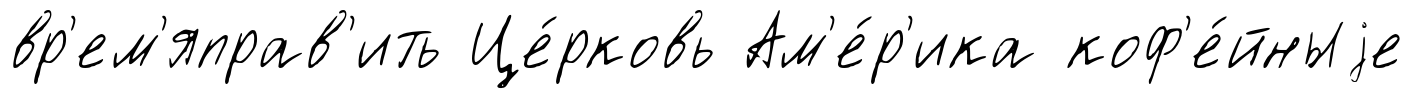
вр'ем'яправ'ить Це́рковь Ам'е́р'ика коф'е́йныjе